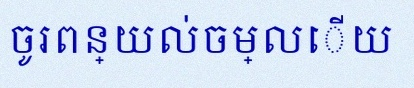
ចូរពន្យល់ចម្លើយ